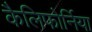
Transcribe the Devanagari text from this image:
कैलिफोर्निया